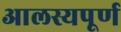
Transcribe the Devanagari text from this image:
आलस्यपूर्ण